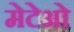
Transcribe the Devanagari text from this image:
मेटेओ